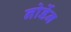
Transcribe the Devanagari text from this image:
नोर्डेन